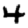
Digit: 4